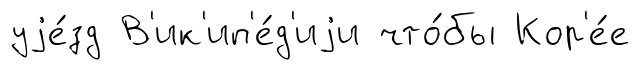
уjе́зд В'ик'ип'е́д'иjи что́бы Кор'е́е